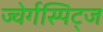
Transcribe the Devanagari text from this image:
ज्वेर्गस्पिट्ज